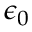
\epsilon _ { 0 }